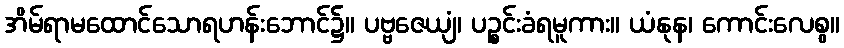
အိမ်ရာမထောင်သောရဟန်းဘောင်၌။ ပဗ္ဗဇေယျံ၊ ပဉ္စင်းခံရမူကား။ ယံနုန၊ ကောင်းလေစွ။